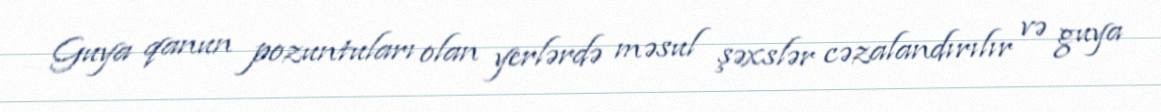
Guya qanun pozuntuları olan yerlərdə məsul şəxslər cəzalandırılır və guya